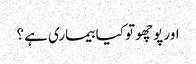
اور پوچھو تو کیا بیماری ہے ؟